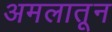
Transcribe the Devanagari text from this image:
अमलातून